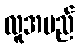
လူအမည်